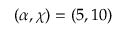
( \alpha , \chi ) = ( 5 , 1 0 )